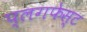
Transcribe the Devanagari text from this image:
प्लगफेस्ट